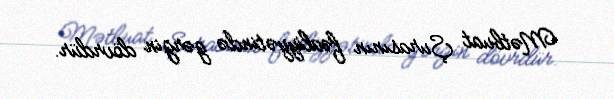
Mətbuat Şurasının fəaliyyətində gərgin dövrdür.